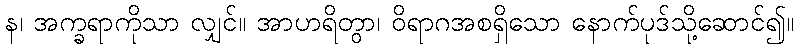
န၊ အက္ခရာကိုသာ လျှင်။ အာဟရိတွာ၊ ဝိရာဂအစရှိသော နောက်ပုဒ်သို့ဆောင်၍။